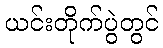
ယင်းတိုက်ပွဲတွင်